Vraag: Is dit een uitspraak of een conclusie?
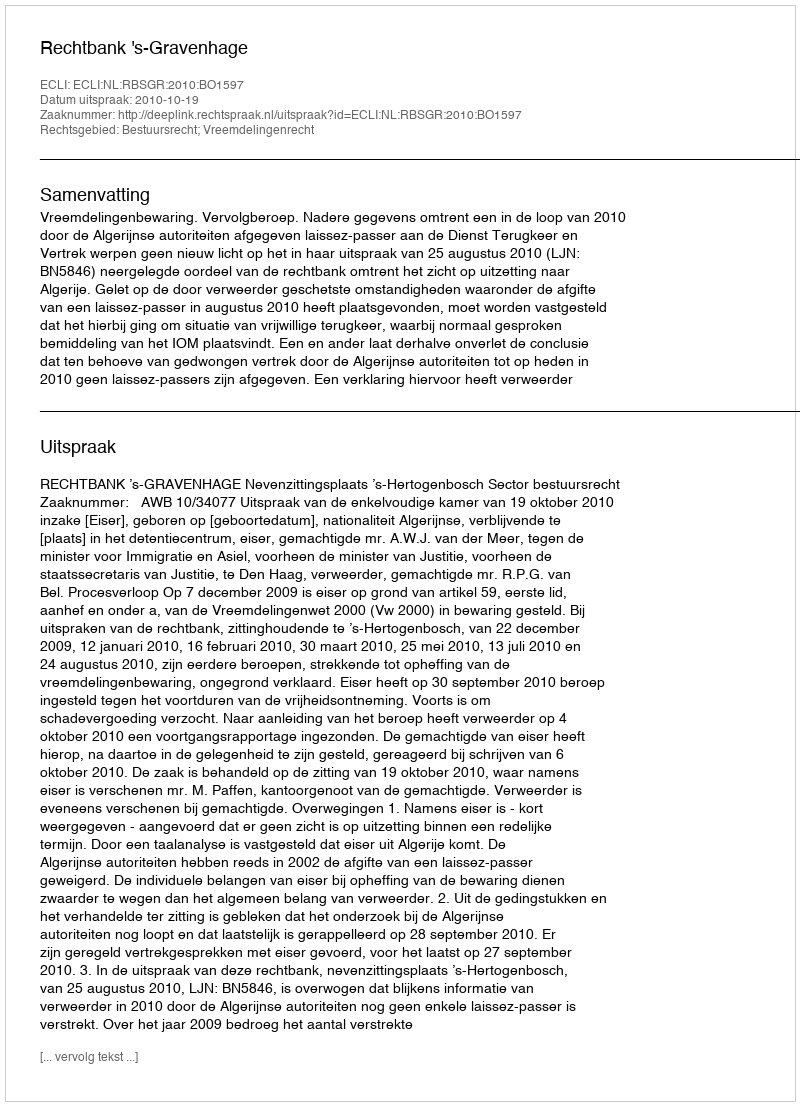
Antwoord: Uitspraak